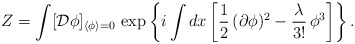
\begin{align*}Z=\int[{\cal D}\phi]_{\langle\phi\rangle=0}\,\exp\left\{i\int dx\left[\frac{1}{2}\,(\partial\phi)^2-\frac{\lambda}{3!}\,\phi^3\right]\right\}.\end{align*}